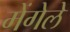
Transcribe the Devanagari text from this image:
मेंगेले